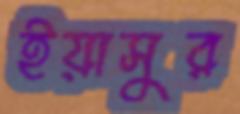
ইয়াসুর